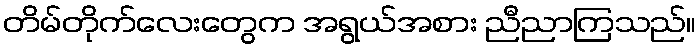
တိမ်တိုက်လေးတွေက အရွယ်အစား ညီညာကြသည်။